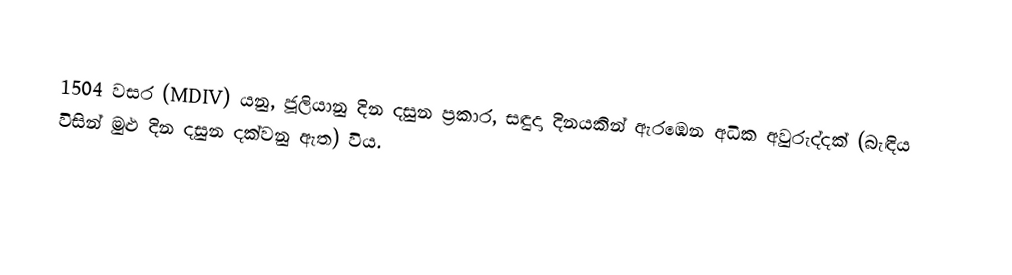

1504 වසර (MDIV) යනු,  ජූලියානු දින දසුන ප්‍රකාර,  සඳුදා දිනයකින් ඇරඹෙන අධික අවුරුද්දක් (බැඳිය විසින් මුළු දින දසුන දක්වනු ඇත) විය.